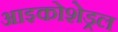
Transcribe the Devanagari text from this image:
आइकोशेड्रल